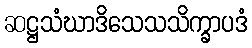
ဆဋ္ဌသံဃာဒိသေသသိက္ခာပဒံ